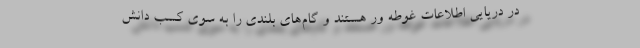
در دریایی اطلاعات غوطه ور هستند و گام‌های بلندی را به سوی کسب دانش